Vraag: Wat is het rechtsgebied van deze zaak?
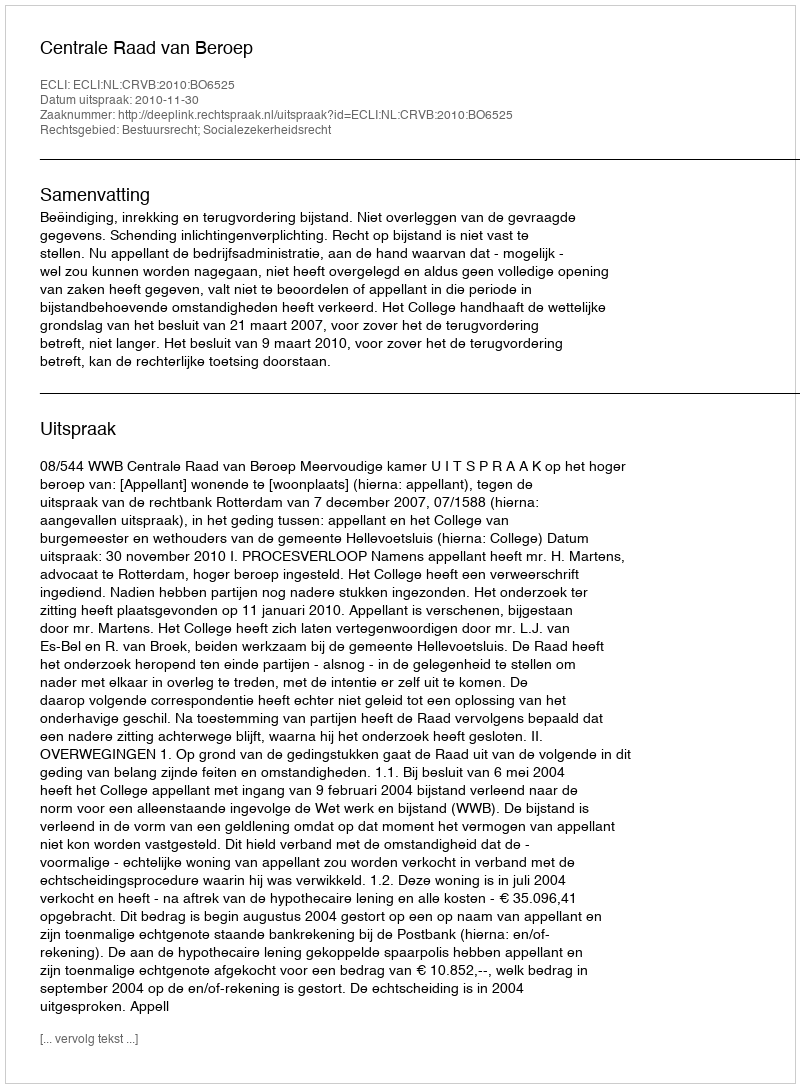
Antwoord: Bestuursrecht; Socialezekerheidsrecht